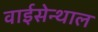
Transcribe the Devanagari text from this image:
वाईसेन्थाल